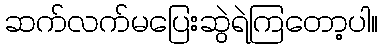
ဆက်လက်မပြေးဆွဲရဲကြတော့ပါ။